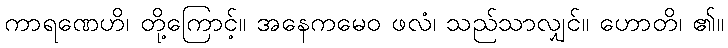
ကာရဏေဟိ၊ တို့ကြောင့်။ အနေကမေဝ ဖလံ၊ သည်သာလျှင်။ ဟောတိ၊ ၏။